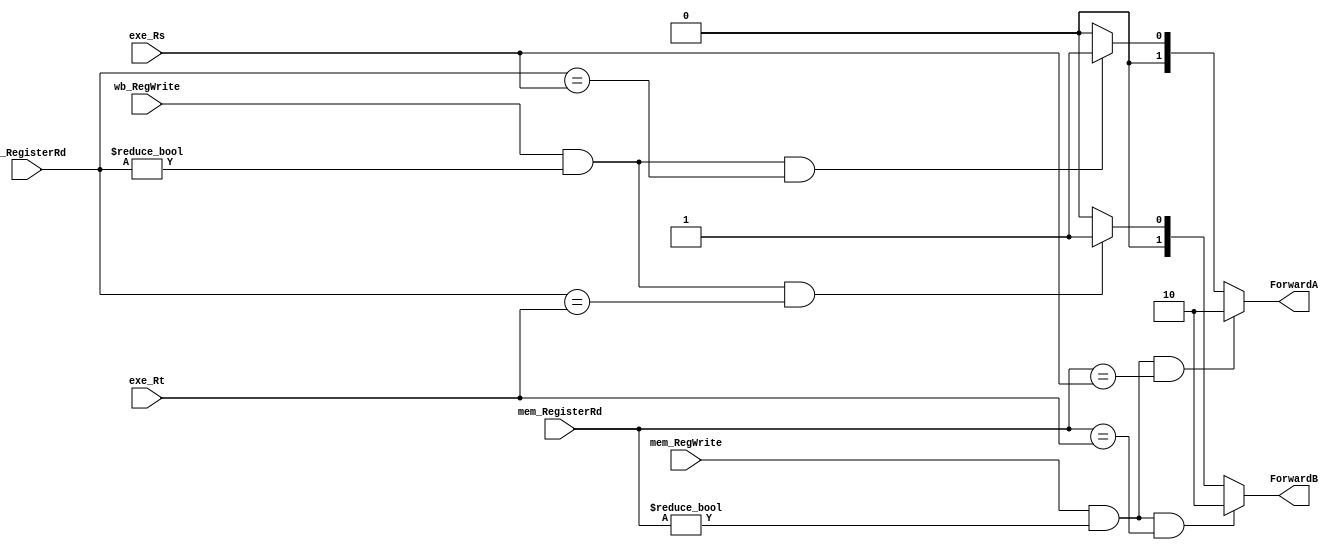
//
module ForwardUnit(mem_RegWrite,wb_RegWrite,mem_RegisterRd,wb_RegisterRd,exe_Rs,exe_Rt,ForwardA,ForwardB);

    input mem_RegWrite;
    input wb_RegWrite;
    input[4:0] mem_RegisterRd;
    input[4:0] wb_RegisterRd;
    input[4:0] exe_Rs;
    input[4:0] exe_Rt;
    output reg[1:0] ForwardA;
    output reg[1:0] ForwardB;

    always @(*)
    begin
        if(mem_RegWrite&&mem_RegisterRd!=0&&mem_RegisterRd==exe_Rs)
            ForwardA=2'b10;
        else if(wb_RegWrite&&wb_RegisterRd!=0&&wb_RegisterRd==exe_Rs)
            ForwardA=2'b01;
        else
            ForwardA=2'b00;
        if(mem_RegWrite&&mem_RegisterRd!=0&&mem_RegisterRd==exe_Rt)
            ForwardB=2'b10;
        else if(wb_RegWrite&&wb_RegisterRd!=0&&wb_RegisterRd==exe_Rt)
            ForwardB=2'b01;
        else
            ForwardB=2'b00;
    end
endmodule